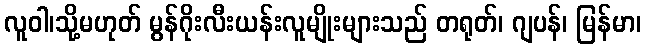
လူဝါ၊သို့မဟုတ် မွန်ဂိုးလီးယန်းလူမျိုးများသည် တရုတ်၊ ဂျပန်၊ မြန်မာ၊